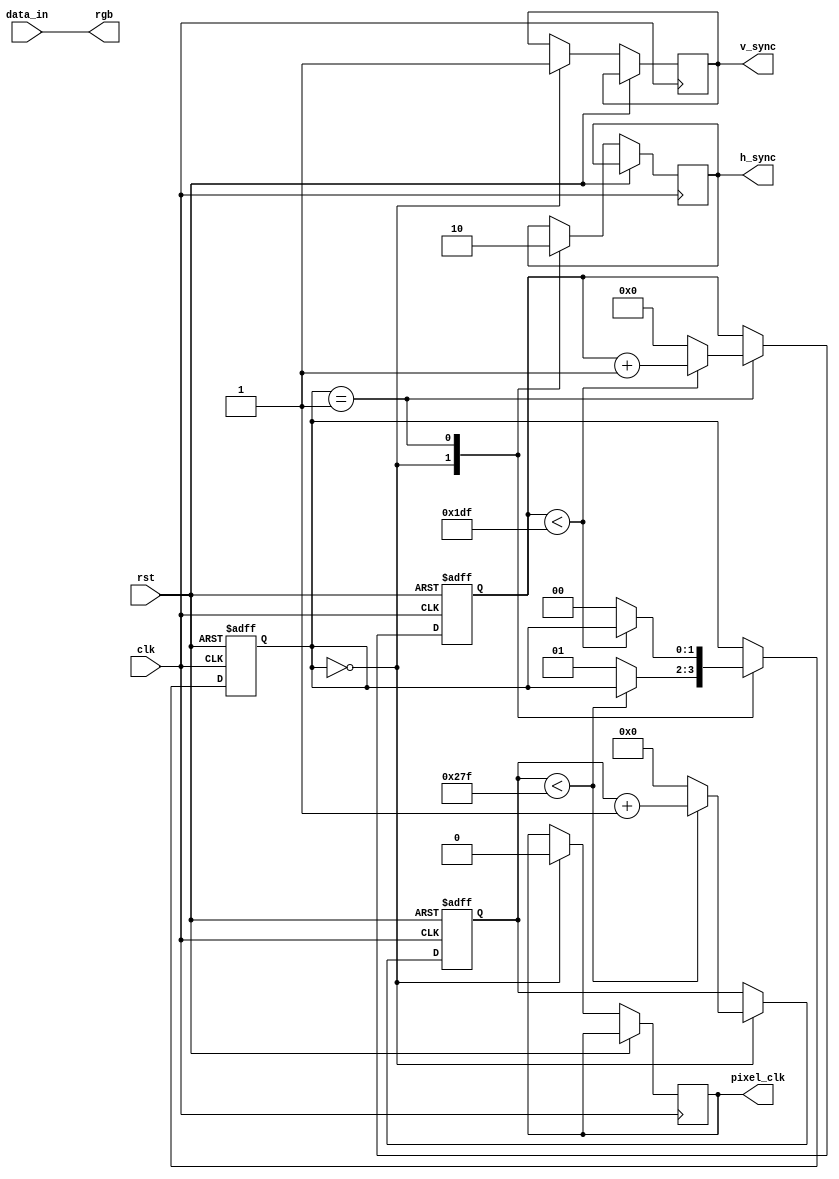
module vga_controller (
  input clk,
  input rst,
  input [7:0] data_in,
  output reg h_sync,
  output reg v_sync,
  output reg pixel_clk,
  output reg [7:0] rgb
);

parameter H_DISPLAY = 640;
parameter V_DISPLAY = 480;

reg [9:0] h_counter = 0;
reg [8:0] v_counter = 0;
reg [1:0] state = 0;

always @ (posedge clk or posedge rst) begin
  if (rst) begin
    h_counter <= 0;
    v_counter <= 0;
    state <= 0;
  end else begin
    case (state)
      0: begin
        h_sync <= 1;
        v_sync <= 1;
        pixel_clk <= 0;
        if (h_counter < H_DISPLAY-1) begin
          h_counter <= h_counter + 1;
        end else begin
          h_counter <= 0;
          state <= 1;
        end
      end
      1: begin
        h_sync <= 0;
        if (v_counter < V_DISPLAY-1) begin
          v_counter <= v_counter + 1;
        end else begin
          v_counter <= 0;
          state <= 0;
        end
      end
    endcase
  end
end

assign rgb = data_in; // assign input data to RGB output

endmodule